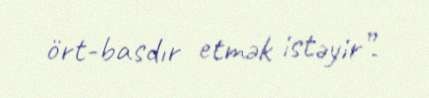
ört-basdır etmək istəyir”.